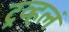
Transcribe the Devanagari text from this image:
ट्रव्हलं